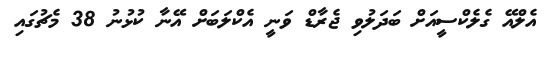
އެލްއޭ ގެލެކްސީއަށް ބަދަލުވި ޖެރާޑް ވަނީ އެކްލަބަށް އޭނާ ކުޅުނު 38 މެޗުގައި